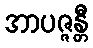
အာပဇ္ဇန္တီ